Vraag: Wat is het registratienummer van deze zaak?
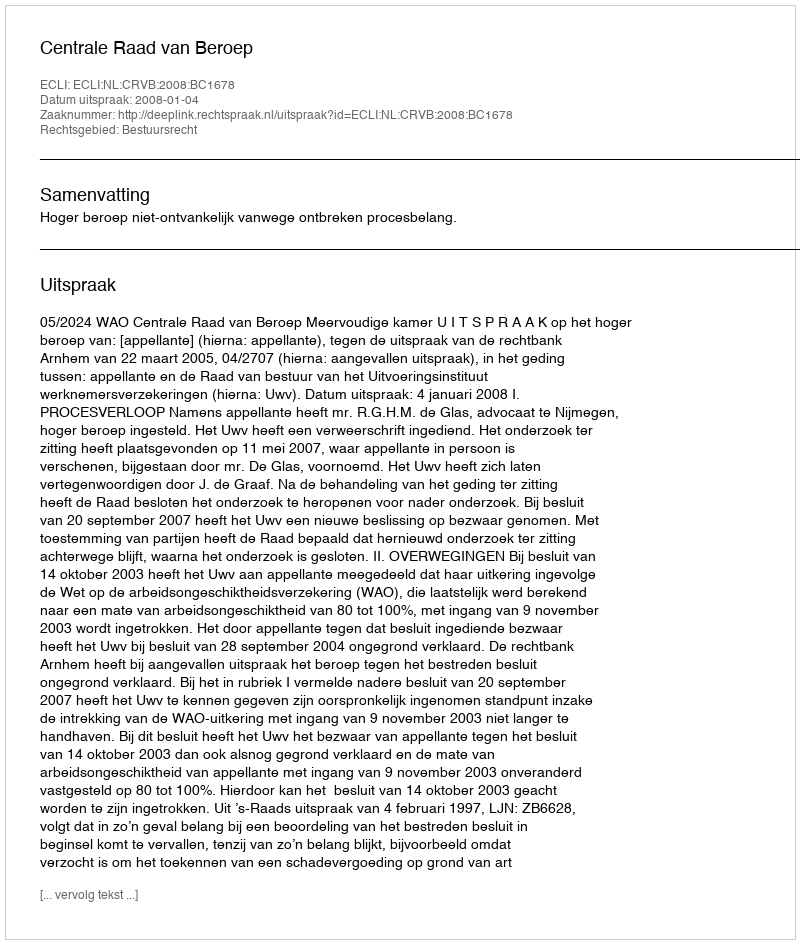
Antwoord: http://deeplink.rechtspraak.nl/uitspraak?id=ECLI:NL:CRVB:2008:BC1678